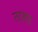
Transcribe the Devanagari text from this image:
तरखड